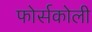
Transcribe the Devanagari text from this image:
फोर्सकोली